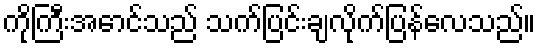
ကိုကြီးအောင်သည် သက်ပြင်းချလိုက်ပြန်လေသည်။